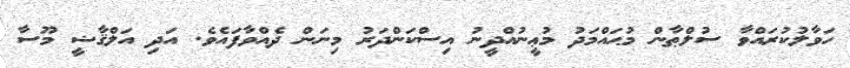
ހަވާލުކުރައްވާ ސުލްޠާން މުޙައްމަދު މުޢީނުއްދީނު އިސްކަންދަރު މިނަން ދެއްވާފައެވެ. އަދި އަލްޤާޟީ މޫސާ